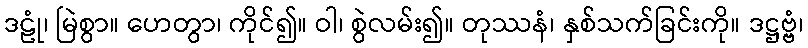
ဒဠုံ၊ မြဲစွာ။ ဟေတွာ၊ ကိုင်၍။ ဝါ၊ စွဲလမ်း၍။ တုဿနံ၊ နှစ်သက်ခြင်းကို။ ဒဋ္ဌဗ္ဗံ၊